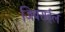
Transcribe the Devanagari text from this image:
जिबराईल